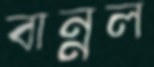
বান্নল